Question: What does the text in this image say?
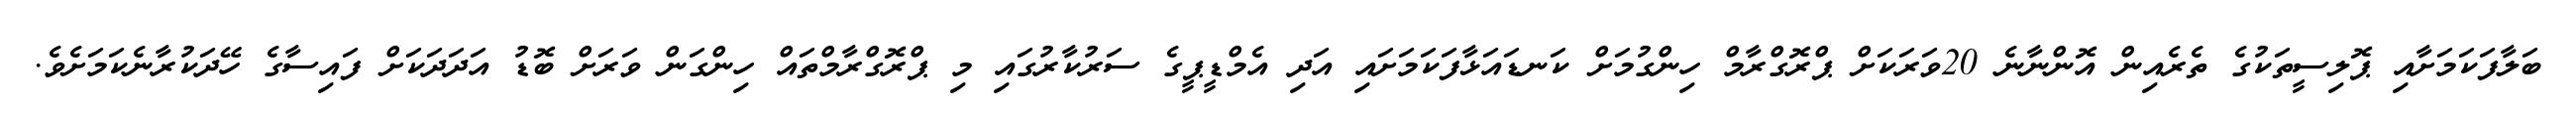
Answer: ބަލާފަކަމަށާއި ޕޮލިސީތަކުގެ ތެރެއިން އޮންނާނެ 20ވަރަކަށް ޕްރޮގްރާމް ހިންގުމަށް ކަނޑައަޅާފަކަމަށައި އަދި އެމްޑީޕީގެ ސަރުކާރުގައި މި ޕްރޮގްރާމްތައް ހިންގަން ވަރަށް ބޮޑު އަދަދަކަށް ފައިސާގެ ހޭދަކުރާނެކަމަށެވެ.